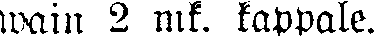
wain 2 mk. kappale.